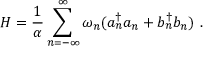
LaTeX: H = \frac { 1 } { \alpha } \sum _ { n = - \infty } ^ { \infty } { \omega _ { n } } ( a _ { n } ^ { \dagger } a _ { n } + b _ { n } ^ { \dagger } b _ { n } ) ~ .